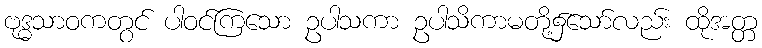
ဗုဒ္ဓသာဝကတွင် ပါဝင်ကြသော ဥပါသကာ ဥပါသိကာမတို့၌သော်လည်း ထိုအတ္တ